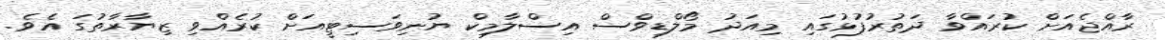
ރާއްޖެއަށް ކުރައްވާ ދަތުރުފުޅުގައި މިއަދު މޯލްޑިވްސް އިސްލާމިކް ޔުނިވަސިޓީއަށް ކުރެއްވި ޒިޔާރާތުގަ އެވެ.